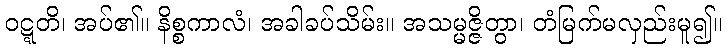
ဝဋ္ဋတိ၊ အပ်၏။ နိစ္စကာလံ၊ အခါခပ်သိမ်း။ အသမ္မဇ္ဇိတွာ၊ တံမြက်မလှည်းမူ၍။